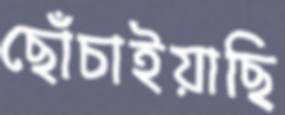
ছোঁচাইয়াছি